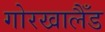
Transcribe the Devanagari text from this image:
गोरखालैँड